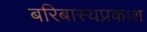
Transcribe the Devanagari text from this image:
बरिबास्यप्रकाश